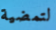
لتمضية